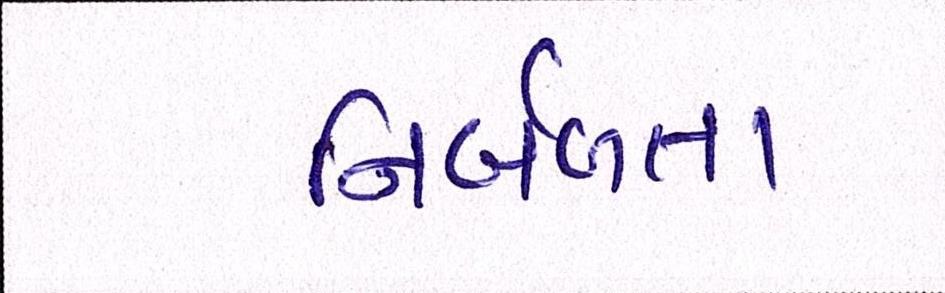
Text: નિર્બળતા